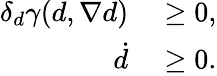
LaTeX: \begin{array}{rl}{\delta_{d}\gamma(d,\nabla d)}&{{}\geq 0,}\\ {\dot{d}}&{{}\geq 0.}\end{array}